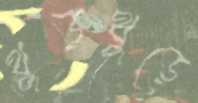
থুড়থুড়ে